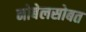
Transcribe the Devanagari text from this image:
नोबेलसोबत